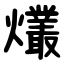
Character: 爜